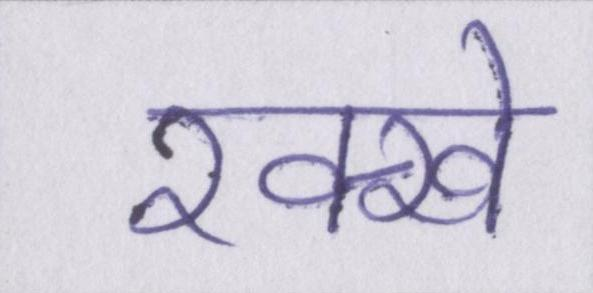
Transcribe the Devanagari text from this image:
रक्खे